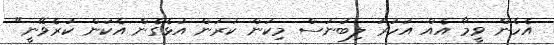
އެހެން ވީމާ އެއް އަހަރު ލިބުނަސް މިކަން ކުރަން އުޅެގެން އެކަން ކުރެވޭނީ"